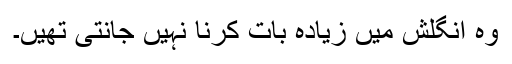
وہ انگلش میں زیادہ بات کرنا نہیں جانتی تھیں۔